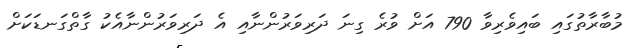
މުބާރާތުގައި ބައިވެރިވާ 790 އަށް ވުރެ ގިނަ ދަރިވަރުންނާއި އެ ދަރިވަރުންނާއެކު ގާތްގަނޑަކަށް